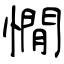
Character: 憪